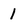
Character: 1